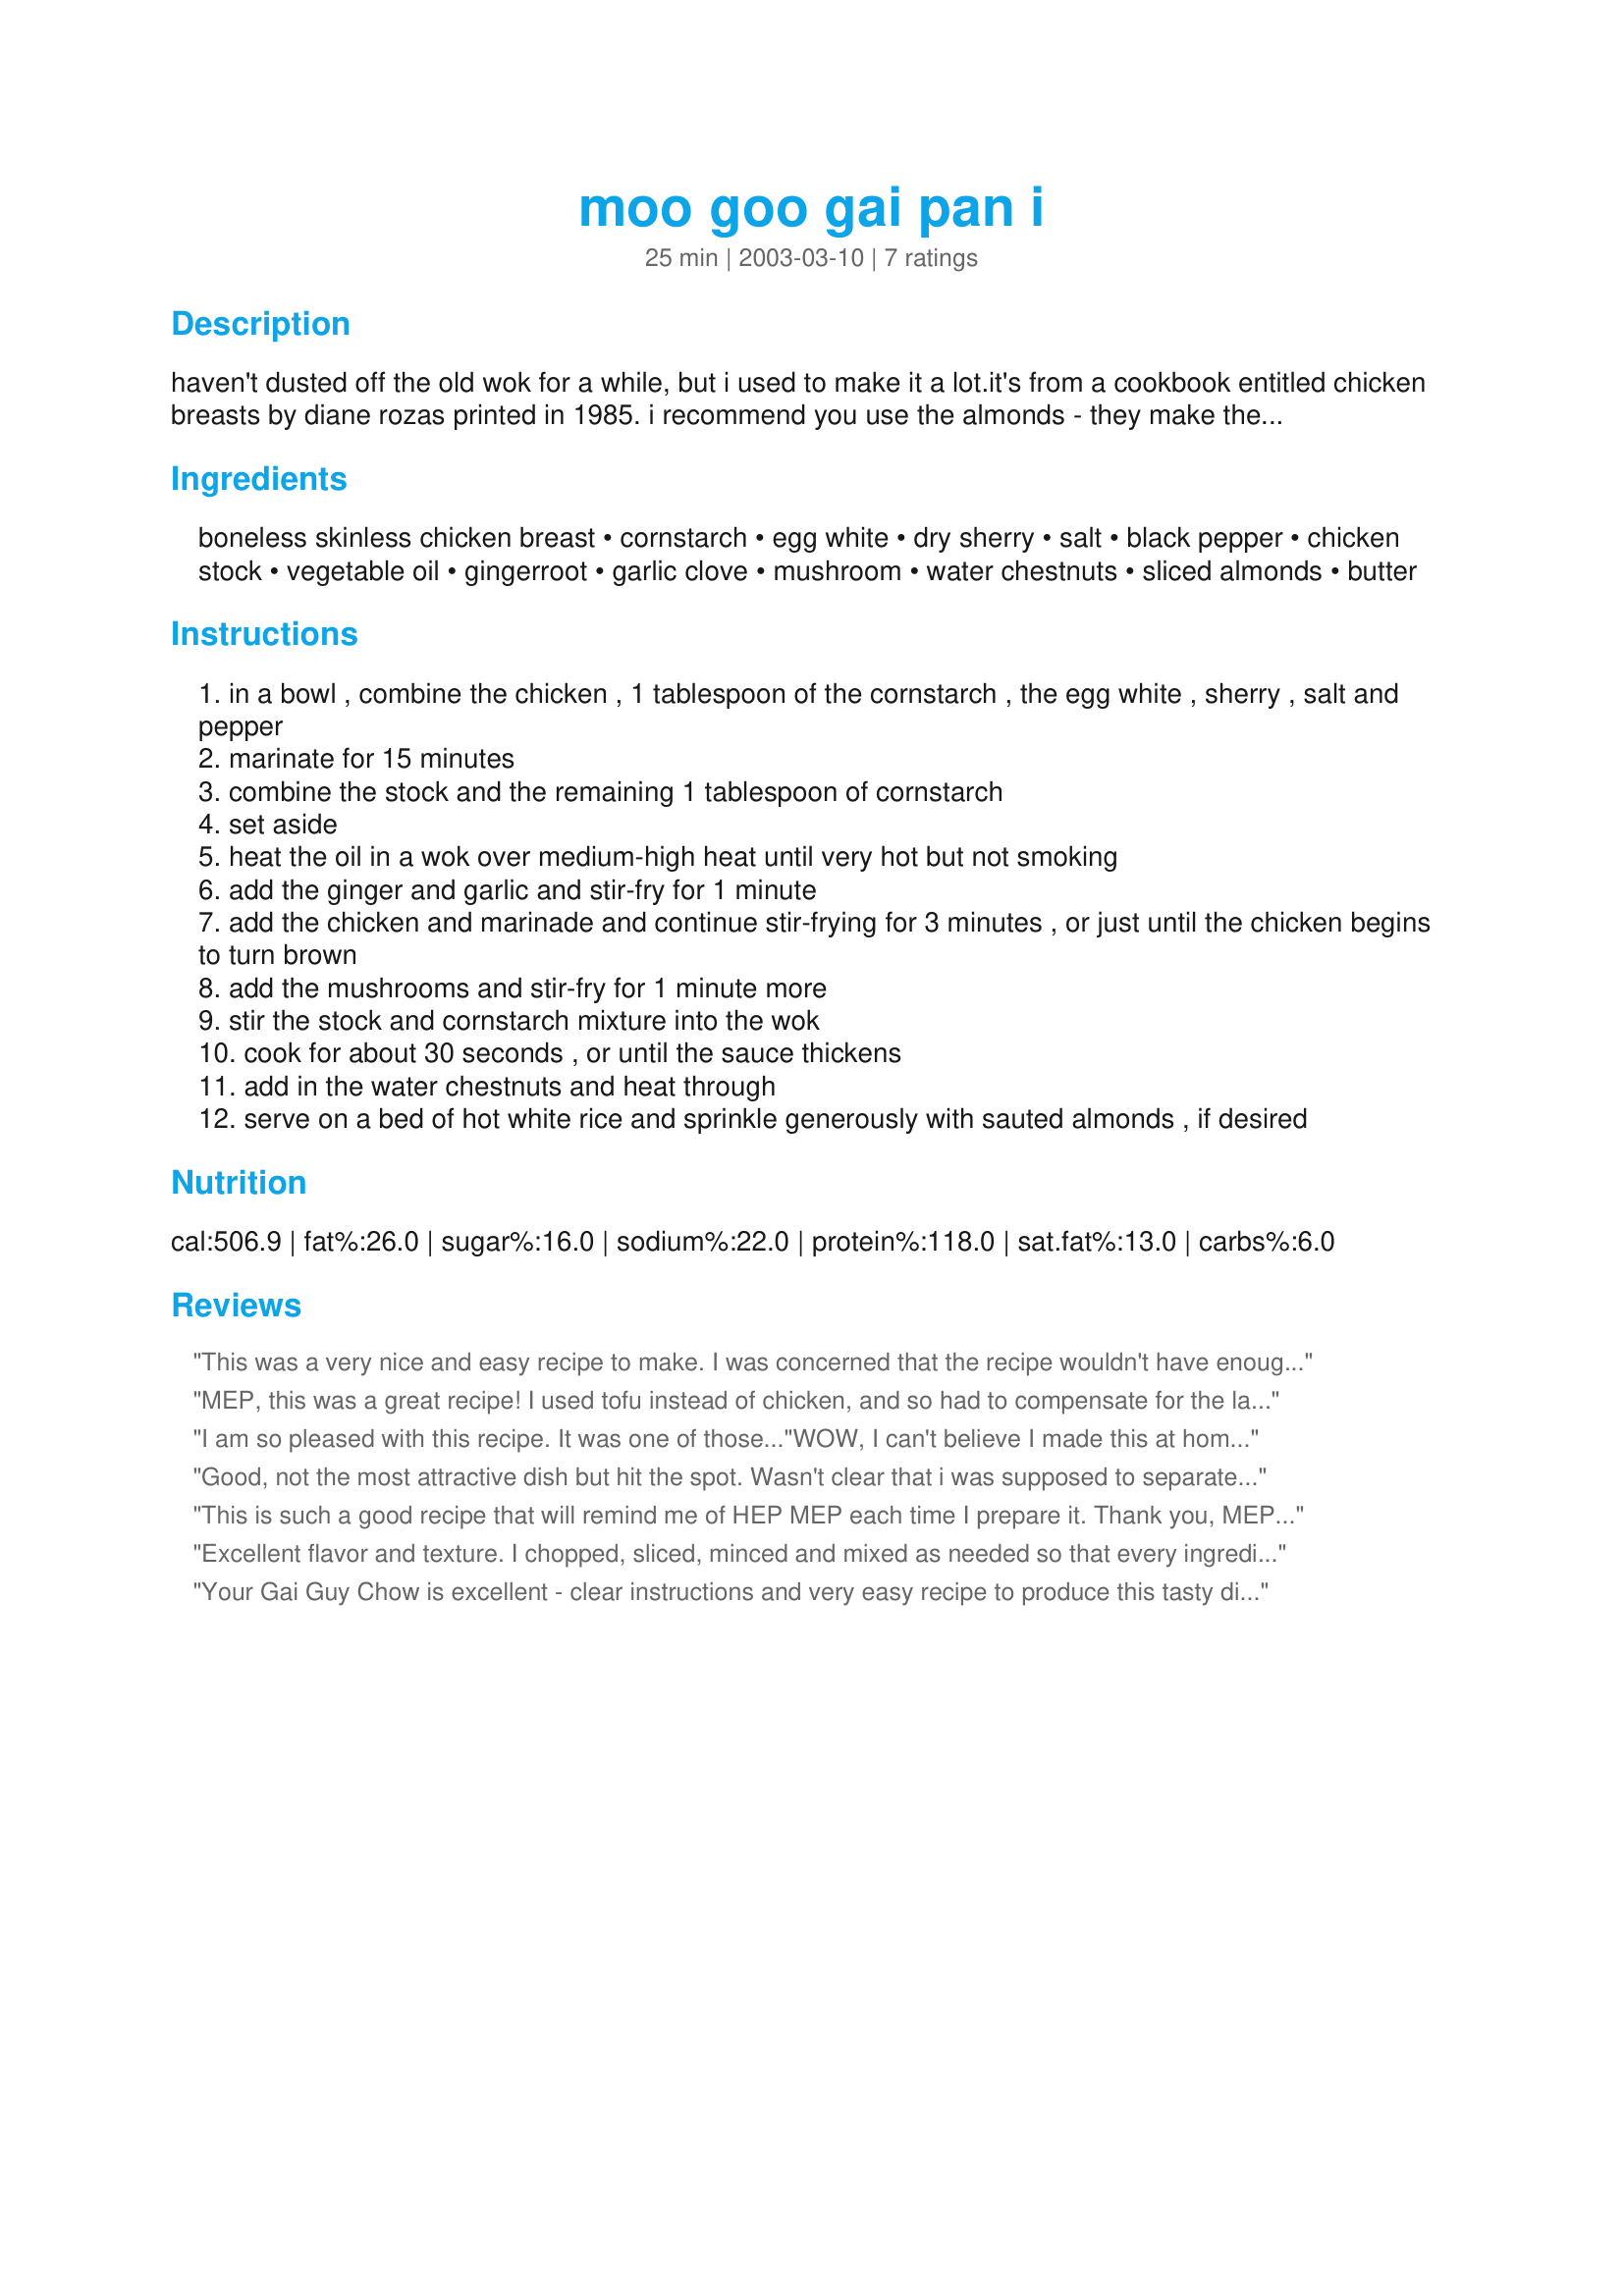
moo goo gai pan i
Preparation time: 25 minutes

haven't dusted off the old wok for a while, but i used to make it a lot.it's from a cookbook entitled chicken breasts by diane rozas printed in 1985. i recommend you use the almonds - they make the dish. (my husband used to call this "gai guy chow" hahaha!)

Ingredients:
boneless skinless chicken breast, cornstarch, egg white, dry sherry, salt, black pepper, chicken stock, vegetable oil, gingerroot, garlic clove, mushroom, water chestnuts, sliced almonds, butter

Steps:
in a bowl , combine the chicken , 1 tablespoon of the cornstarch , the egg white , sherry , salt and pepper
marinate for 15 minutes
combine the stock and the remaining 1 tablespoon of cornstarch
set aside
heat the oil in a wok over medium-high heat until very hot but not smoking
add the ginger and garlic and stir-fry for 1 minute
add the chicken and marinade and continue stir-frying for 3 minutes , or just until the chicken begins to turn brown
add the mushrooms and stir-fry for 1 minute more
stir the stock and cornstarch mixture into the wok
cook for about 30 seconds , or until the sauce thickens
add in the water chestnuts and heat through
serve on a bed of hot white rice and sprinkle generously with sauted almonds , if desired

Reviews:
This was a very nice and easy recipe to make. I was concerned that the recipe wouldn't have enough ginger and garlic flavour but it actually turned out just right. The recipe also made quite a bit -- a healthy three portions, in my opinion. I did have to add a bit more stock though, as what I had didn't leave much sauce. I also thought the appearance of the dish would be better with some colourful veggies. Next time I might throw in snow peas or carrots.
MEP, this was a great recipe! I used tofu instead of chicken, and so had to compensate for the lack of saltiness with a little soy sauce. I didn't have sliced almonds, so I just added them into the wok a bit earlier so they could soften up a bit--and that worked fine. I also used dried shiitake mushrooms (not regular ones) that I soaked for about 30 minutes. Very nice recipe--thanks for sharing!
I am so pleased with this recipe. It was one of those..."WOW, I can't believe I made this at home" type moments!! :) I did not have sherry so used rice wine. I also added some extra stir fry veggies. Thanks for this great recipe! :)
Good, not the most attractive dish but hit the spot. Wasn't clear that i was supposed to separate the marinade from the sauce and it still came out tasty so I'm sure next time it will be even better. Added more chicken stock as advised by reviewers, Thanx! Also added vegetables, made it pretty & added to the taste.
This is such a good recipe that will remind me of HEP MEP each time I prepare it. Thank you, MEP for this recipe and each recipe you contributed on Zaar to share with our community.
Excellent flavor and texture. I chopped, sliced, minced and mixed as needed so that every ingredient was ready to add at the right time. Only change I made was to increase to 2 garlic cloves, 4 ginger root slices and 2/3 cup chicken broth. I keep whole, unsliced ginger root in a freezer bag in the freezer and slice as needed. It is easiest to slice/mince when partially thawed, after scraping the skin off with the edge of a spoon.
Your Gai Guy Chow is excellent - clear instructions and very easy recipe to produce this tasty dish - I used skinless, boneless thighs (on sale), toasted the almonds and sprinkled on each serving. I did add 3 tbsp of Hot Szechuan sauce Served with rice and stir fried veggies.Thanks Mep glad you thought to dust off your wok
